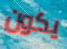
يكون